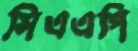
সিএএপি